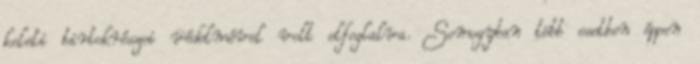
keleti birtokrészei védelmével volt elfoglalva. Somogyban több esetben éppen